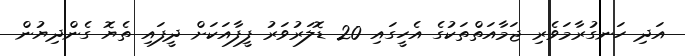
އަދި ހަނގުރާމަވެރި ޖަމާއަތްތަކުގެ އެހީގައި 20 ޑޮލަރުވަރު ފީފާއަކަށް ދީފައި ތެޔޮ ގެންދިޔުން